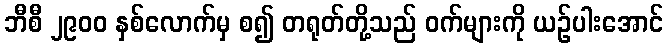
ဘီစီ ၂၉၀၀ နှစ်လောက်မှ စ၍ တရုတ်တို့သည် ဝက်များကို ယဉ်ပါးအောင်